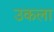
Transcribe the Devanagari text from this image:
उकला